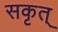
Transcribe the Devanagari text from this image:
सकृत्